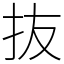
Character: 抜